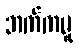
ဘက်ကမူ